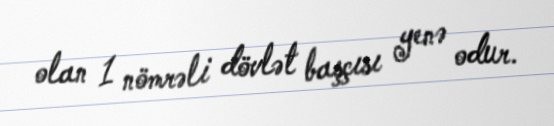
olan 1 nömrəli dövlət başçısı yenə odur.